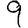
Digit: 9